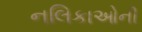
નલિકાઓની